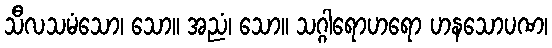
သီလသမံသော၊ သော။ အညံ၊ သော။ သဂ္ဂါရောဟရော ဟနသောပဏ၊